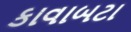
કાવાબટા